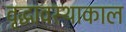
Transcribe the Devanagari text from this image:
वृद्धावस्थाकाल